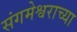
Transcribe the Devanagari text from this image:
संगमेश्वराच्या